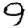
Digit: 9